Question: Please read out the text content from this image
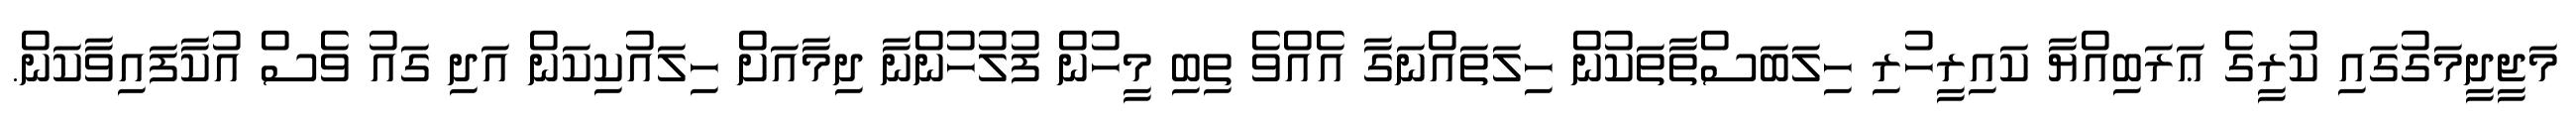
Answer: މަޖީދީމަގުގައި ކުރީގެ ޢަރަބިއްޔާ ކައިރީހުރި ހިލަބަސްތާތަކުން ހިލަތައްނަގާ އެއްވެ ތިބި މީހުން ފުލުހުންނާ ދިމާއަށް ހިލައުކިކަން އަދި ގައު ވެސް އުކާފައިވާކަން.